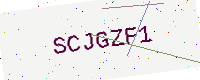
Text: SCJGZF1